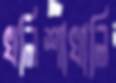
খলিশাখালি